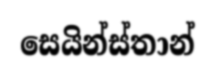
සෙයින්ස්තාන්